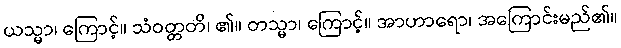
ယသ္မာ၊ ကြောင့်။ သံဝတ္တတိ၊ ၏။ တသ္မာ၊ ကြောင့်။ အာဟာရော၊ အကြောင်းမည်၏။